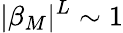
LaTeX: |\beta_{M}|^{L}\sim 1